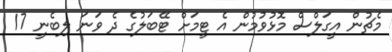
މެޗުން އީގަލްސް މޮޅުވުމުން އެ ޓީމަށް ޓޭބަލުގެ ދެ ވަނަ ލިބެނީ 17